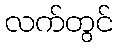
လက်တွင်